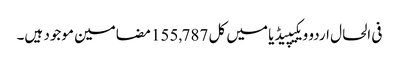
فی الحال اردو ویکیپیڈیا میں کل 155,787 مضامین موجود ہیں۔